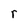
Character: r